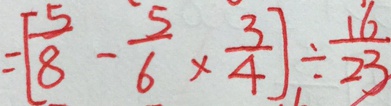
= [ \frac { 5 } { 8 } - \frac { 5 } { 6 } \times \frac { 3 } { 4 } ] \div \frac { 1 6 } { 2 3 }